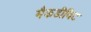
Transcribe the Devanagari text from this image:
मैकडीविट